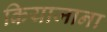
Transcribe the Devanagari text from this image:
कियाजाना